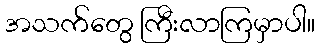
အသက်တွေ ကြီးလာကြမှာပါ။